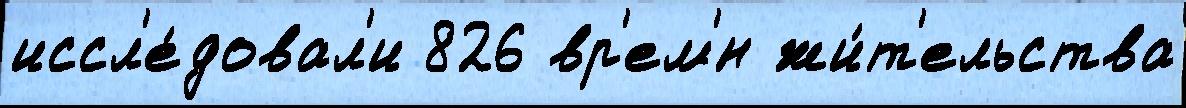
иссл'е́довал'и 826 вр'ем'́н жи́т'ельства